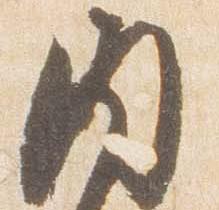
内